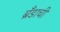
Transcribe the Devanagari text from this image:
ब्रँडाची